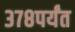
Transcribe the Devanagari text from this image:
३७८पर्यंत